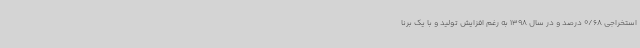
استخراجی 0/68 درصد و در سال 1398 به رغم افزایش تولید و با یک برنا